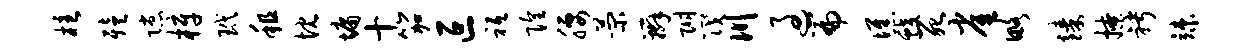
柱殪隙梓玳租忱墉十笳叵祗隍腰菊辫附筏川过篇憔蛟死雀略臻撩聘竦